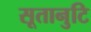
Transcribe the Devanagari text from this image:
सूतानुटि